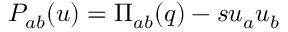
P _ { a b } ( u ) = \Pi _ { a b } ( q ) - s u _ { a } u _ { b }